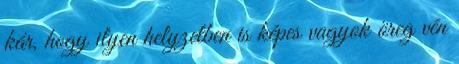
kár, hogy ilyen helyzetben is képes vagyok öreg vén